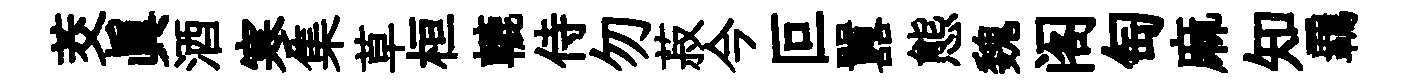
茭眞酒寒集草桓轆侍勿菽今叵囂態魏阁匋麻知覊